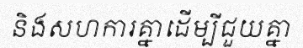
និងសហការគ្នាដើម្បីជួយគ្នា